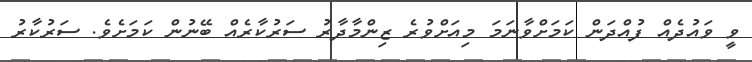
ވީ ވައުދެއް ފުއްދަން ކަމަށްވާނަމަ މިއަށްވުރެ ޒިންމާދާރު ސަރުކާރެއް ބޭނުން ކަމަށެވެ. ސަރުކާރު